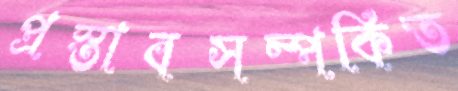
প্রস্তাবসম্পর্কিত